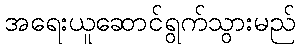
အရေးယူဆောင်ရွက်သွားမည်